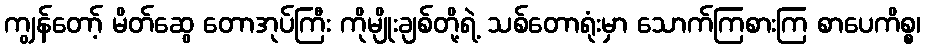
ကျွန်တော့် မိတ်ဆွေ တောအုပ်ကြီး ကိုမျိုးချစ်တို့ရဲ့ သစ်တောရုံးမှာ သောက်ကြစားကြ စာပေကိစ္စ၊